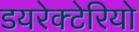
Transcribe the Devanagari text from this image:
डयरेक्टेरियो